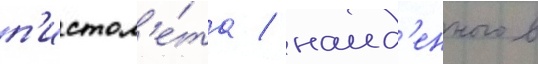
п'истол'е́та / наид'енного в